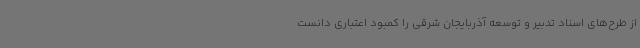
از طرح‌های اسناد تدبیر و توسعه آذربایجان شرقی را کمبود اعتباری دانست